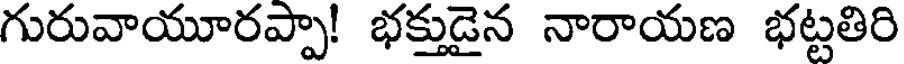
గురువాయూరప్పా! భక్తుడైన నారాయణ భట్టతిరి